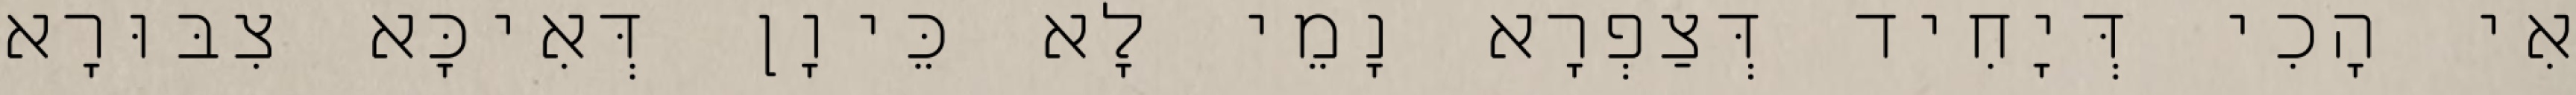
אִי הָכִי דְּיָחִיד דְּצַפְרָא נָמֵי לָא כֵּיוָן דְּאִיכָּא צִבּוּרָא